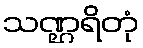
သဏ္ဌရိတုံ